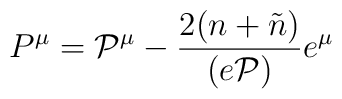
P^{\mu} = {\cal P}^{\mu} - \frac{2(n+\tilde{n})}{(e{\cal P})} e^{\mu}